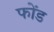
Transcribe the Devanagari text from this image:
फोंड